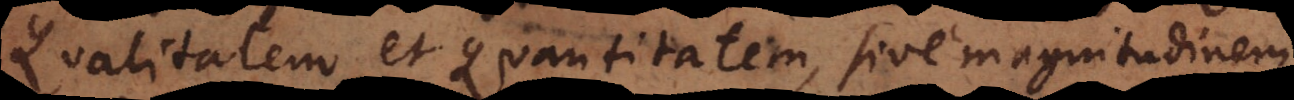
Qualitatem et Quantitatem, sive magnitudinem